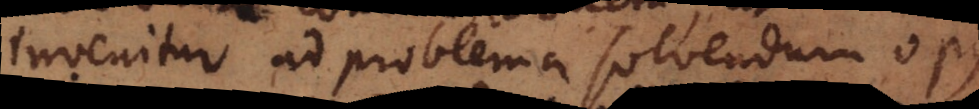
invenitur ad problema solvendum opus